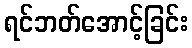
ရင်ဘတ်အောင့်ခြင်း